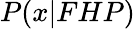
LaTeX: P(x|FHP)